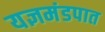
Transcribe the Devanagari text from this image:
यज्ञमंडपात